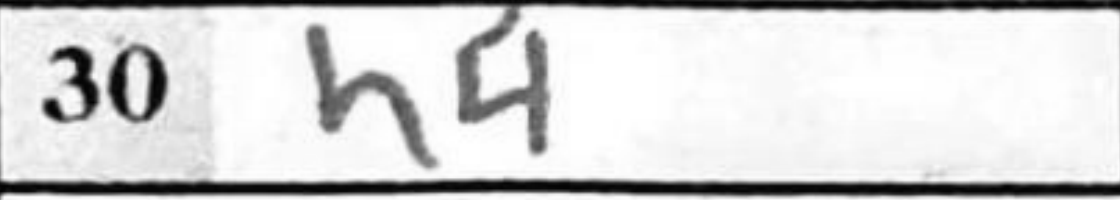
Transcription: h4